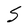
Character: S